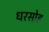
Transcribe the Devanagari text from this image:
धरसोड